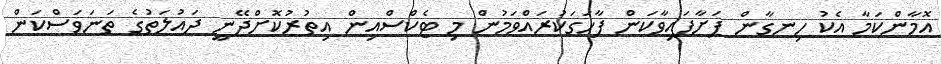
އޮމާންކަމާ އެކު ހިނގާން ފަށާފައިވާކަން ފާހަގަކުރައްވަމުން މި ޓެކްސްއިން އިތުރުކޮށްދޭނީ ދައުލަތުގެ ތަނަވަސްކަން